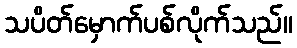
သပိတ်မှောက်ပစ်လိုက်သည်။